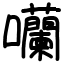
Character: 囒